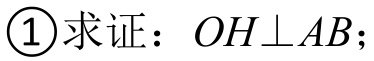
\textcircled{1}求证：\(OH\perp AB\)；